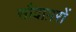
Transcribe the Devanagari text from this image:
सौदाग़रों